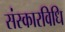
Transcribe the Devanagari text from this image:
संस्कारविधि